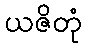
ယဇိတုံ